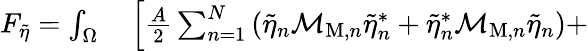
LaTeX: \begin{array}{rl}{F_{\widetilde{\eta}}=\int_{\Omega}}&{{}\left[\frac{A}{2}\sum_{n=1}^{N}\right.\left(\widetilde{\eta}_{n}\mathcal{M}_{\mathrm{M},n}\widetilde{\eta}_{n}^{*}+\widetilde{\eta}_{n}^{*}\mathcal{M}_{\mathrm{M},n}\widetilde{\eta}_{n}\right)+}\end{array}